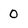
Character: 0